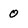
Character: 0